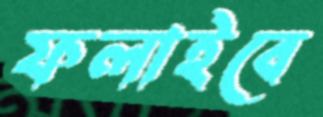
ফলাইবে